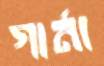
গার্না